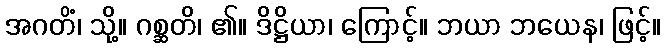
အဂတိံ၊ သို့။ ဂစ္ဆတိ၊ ၏။ ဒိဋ္ဌိယာ၊ ကြောင့်။ ဘယာ ဘယေန၊ ဖြင့်။